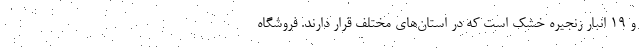
و ۱۹ انبار زنجیره خشک است که در استان‌های مختلف قرار دارند. فروشگاه